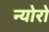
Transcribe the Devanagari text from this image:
न्योरो